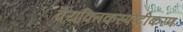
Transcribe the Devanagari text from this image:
वैयक्तिकस्पष्टीकरण